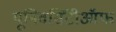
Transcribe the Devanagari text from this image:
यूनिवर्सिटीऑफ